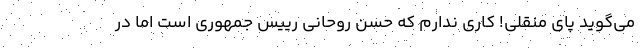
می‌گوید پای منقلی! کاری ندارم که حسن روحانی رییس جمهوری است اما در